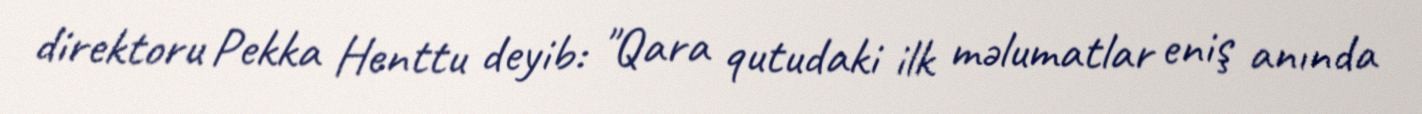
direktoru Pekka Henttu deyib: "Qara qutudaki ilk məlumatlar eniş anında